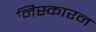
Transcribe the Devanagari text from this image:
निस्कारन